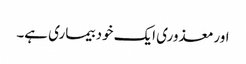
اورمعذوری ایک خود بیماری ہے۔